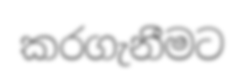
කරගැනීමට